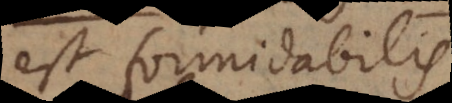
est formidabilis.